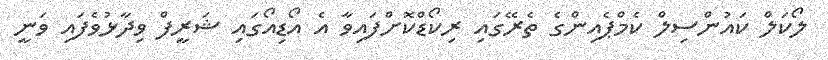
ލޯކަލް ކައުންސިލް ކެމްޕެއިންގެ ތެރޭގައި ރިކޯޑްކޮށްފައިވާ އެ އޯޑިއޯގައި ޝަރީފް ވިދާޅުވެފައި ވަނީ